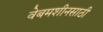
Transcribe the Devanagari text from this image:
वेबमशीनसाठी